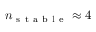
n _ { \mathrm { ~ s ~ t ~ a ~ b ~ l ~ e ~ } } \approx 4